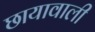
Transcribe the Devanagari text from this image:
छायावाली